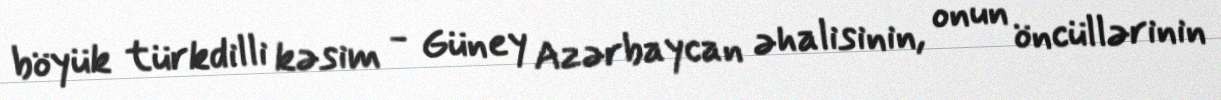
böyük türkdilli kəsim - Güney Azərbaycan əhalisinin, onun öncüllərinin